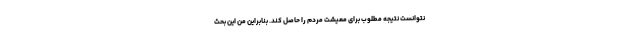
نتوانست نتیجه مطلوب برای معیشت مردم را حاصل کند. بنابراین من این بحث